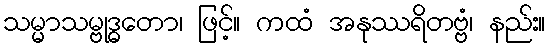
သမ္မာသမ္ဗုဒ္ဓတော၊ ဖြင့်။ ကထံ အနုဿရိတဗ္ဗံ၊ နည်း။